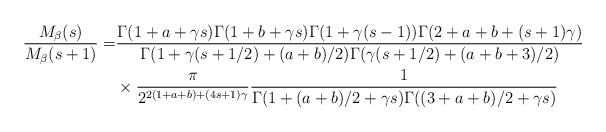
\begin{align*}\frac{M_{\beta}(s)}{M_{\beta}(s+1)} = &\frac{\Gamma(1+a+\gamma s)\Gamma(1+b+\gamma s)\Gamma(1+\gamma(s-1))\Gamma(2+a+b+(s+1)\gamma)}{\Gamma(1+\gamma(s+1/2)+(a+b)/2)\Gamma(\gamma(s+1/2)+(a+b+3)/2)}\\& \times \frac{\pi}{2^{2(1+a+b)+(4s+1)\gamma}}\frac{1}{\Gamma(1+(a+b)/2+\gamma s)\Gamma((3+a+b)/2+\gamma s)}\end{align*}